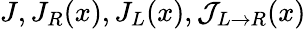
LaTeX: J,J_{R}(x),J_{L}(x),\mathcal{J}_{L\rightarrow R}(x)